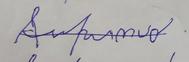
Signature authenticity: forged